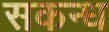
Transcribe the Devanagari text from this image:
सकन्ध